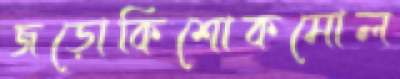
জড়োকিশোকমোল